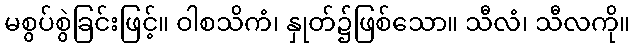
မစွပ်စွဲခြင်းဖြင့်။ ဝါစသိကံ၊ နှုတ်၌ဖြစ်သော။ သီလံ၊ သီလကို။